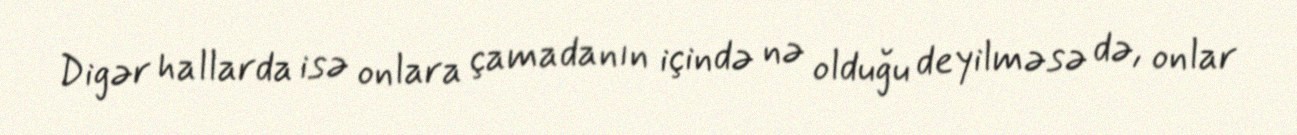
Digər hallarda isə onlara çamadanın içində nə olduğu deyilməsə də, onlar